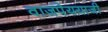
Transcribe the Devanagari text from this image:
वाजपेययाजी